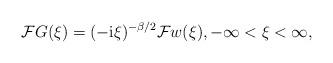
LaTeX: \begin{align*} \mathcal FG(\xi) = (-\mathrm{i}\xi)^{-\beta/2} \mathcal Fw(\xi), -\infty < \xi < \infty, \end{align*}